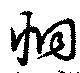
恫